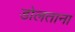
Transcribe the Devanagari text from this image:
डोलताना